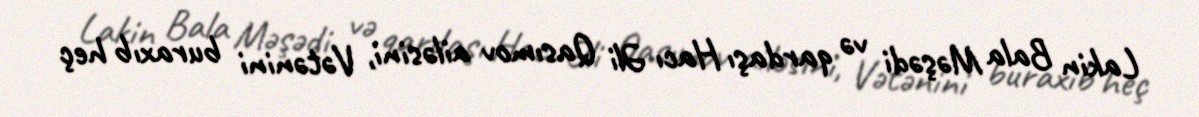
Lakin Bala Məşədi və qardaşı Hacı Əli Qasımov ailəsini, Vətənini buraxıb heç